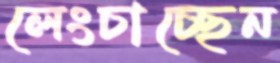
লেংচাচ্ছেন